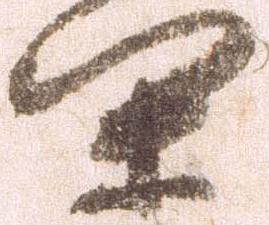
閑